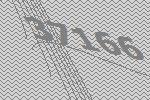
37166